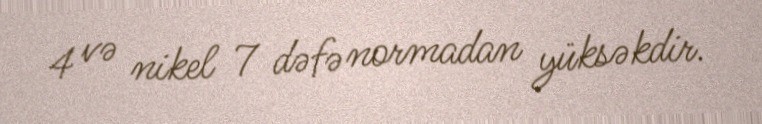
4 və nikel 7 dəfə normadan yüksəkdir.